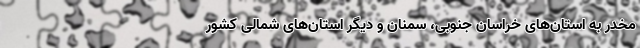
مخدر به استان‌های خراسان جنوبی، سمنان و دیگر استان‌های شمالی کشور